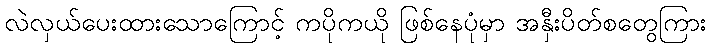
လဲလှယ်ပေးထားသောကြောင့် ကပိုကယို ဖြစ်နေပုံမှာ အနှီးပိတ်စတွေကြား